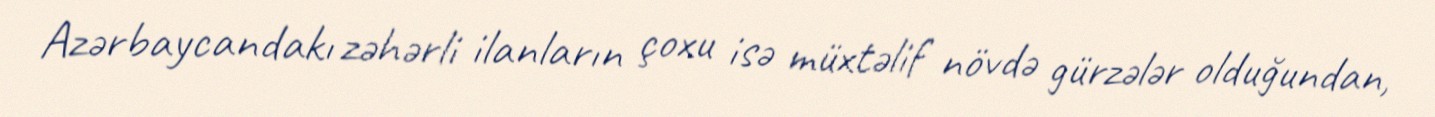
Azərbaycandakı zəhərli ilanların çoxu isə müxtəlif növdə gürzələr olduğundan,